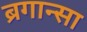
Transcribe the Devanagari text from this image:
ब्रगान्सा